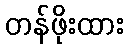
တန်ဖိုးထား